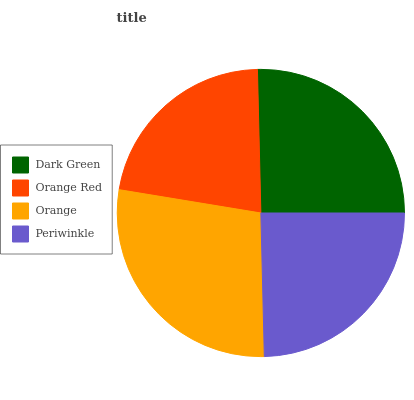
| Dark Green | Orange Red | Orange | Periwinkle |
 | --- | --- | --- | --- |
 | 25.3% | 22% | 28% | 24.7% |